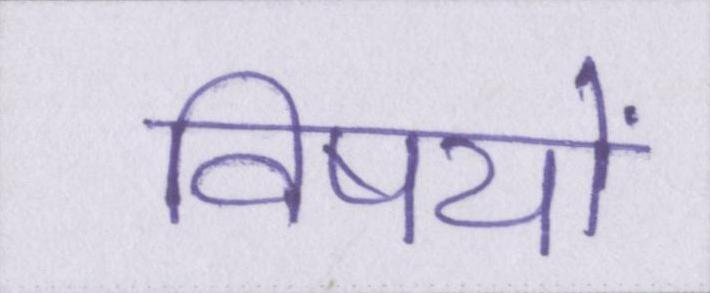
विषयों